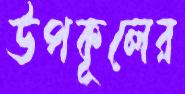
উপকূলের